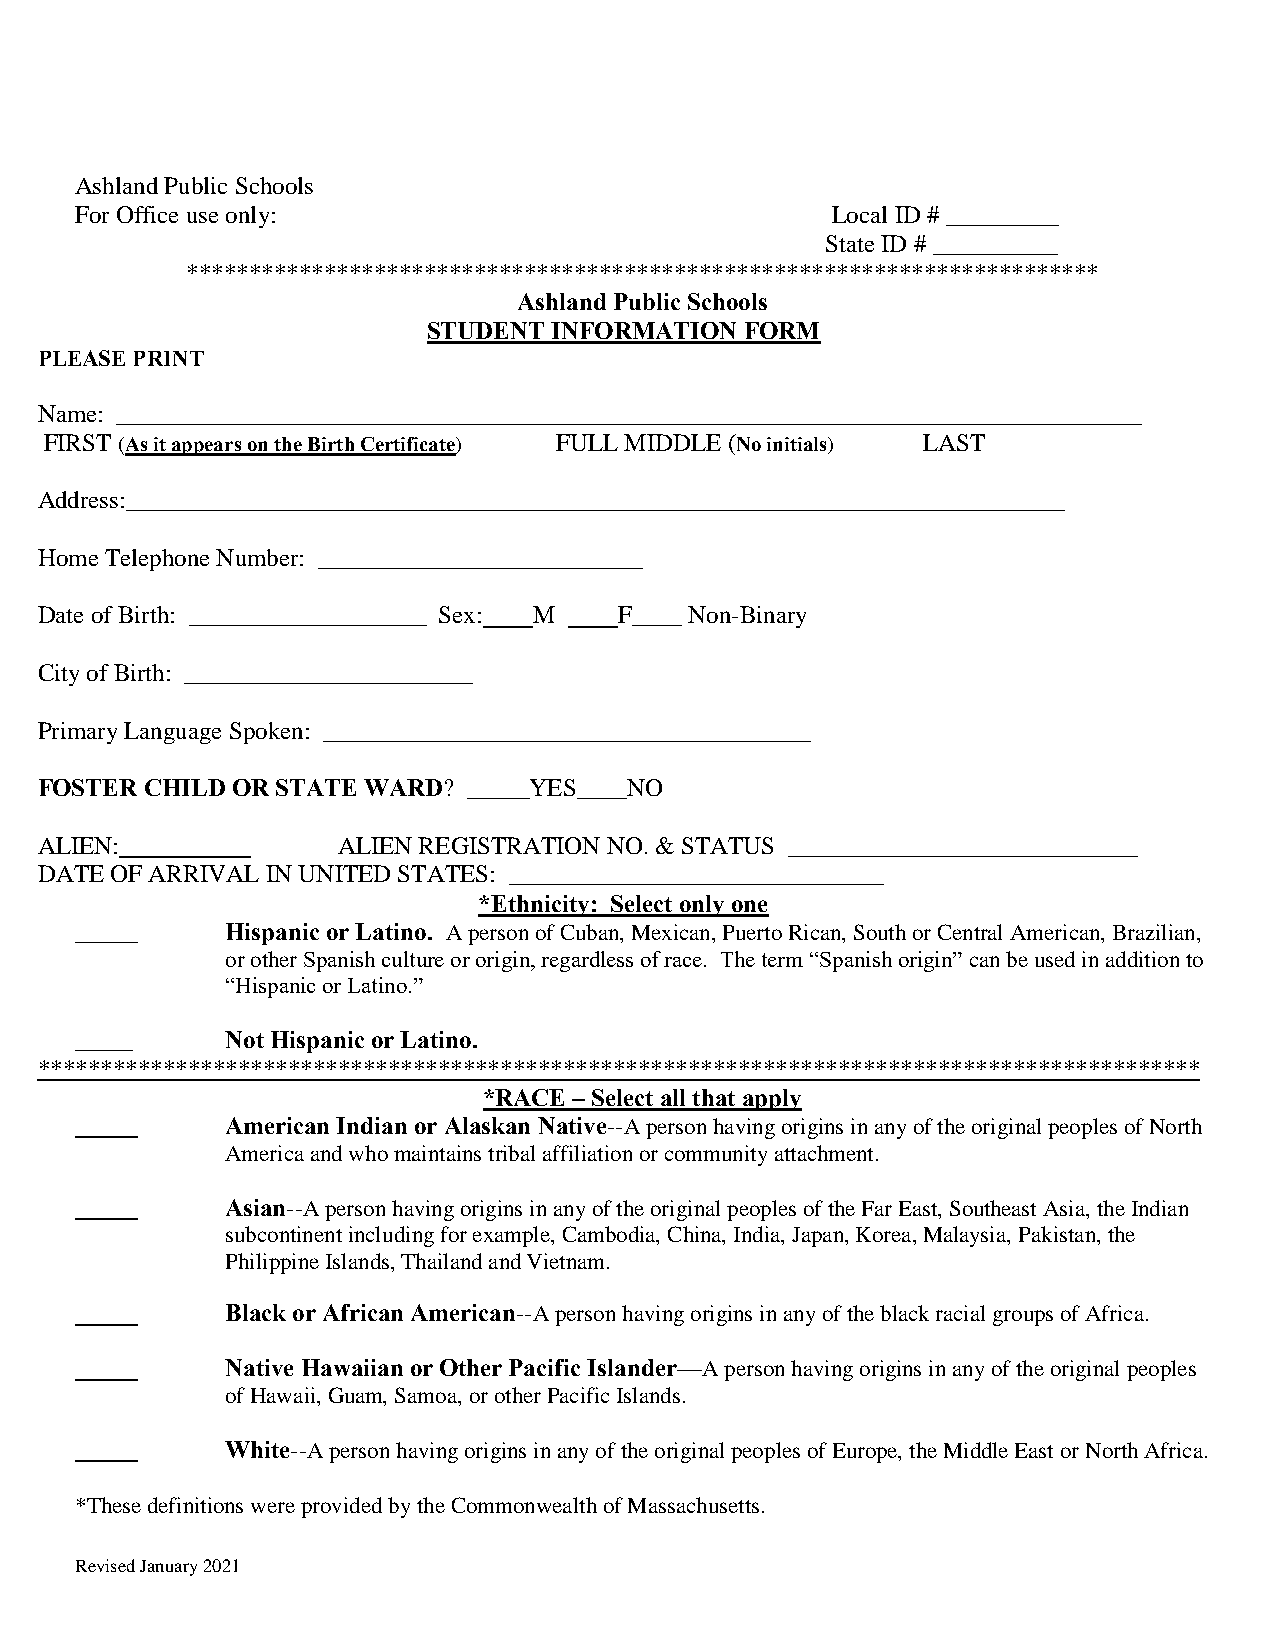
Ashland Public Schools
 For Office use only:                              Local ID # _________
 State ID # __________
 *************************************************************************
 Ashland Public Schools
 STUDENT  INFORMATION FORM
 PLEASE PRINT
 Name: __________________________________________________________________________________
 FIRST (As it appears on the Birth Certificate) FULL MIDDLE (No initials) LAST
 Address:___________________________________________________________________________
 Home Telephone Number: __________________________
 Date of Birth: ___________________ Sex: M F____ Non-Binary
 City of Birth: _______________________
 Primary Language Spoken: _______________________________________
 FOSTER  CHILD OR STATE WARD? _____YES____NO
 ALIEN:              ALIEN REGISTRATION NO. & STATUS ____________________________
 DATE OF ARRIVAL IN UNITED STATES: ______________________________
 *Ethnicity: Select only one
 _____     Hispanic or Latino. A person of Cuban, Mexican, Puerto Rican, South or Central American, Brazilian,
 or other Spanish culture or origin, regardless of race. The term “Spanish origin” can be used in addition to
 “Hispanic or Latino.”
 _____     Not Hispanic or Latino.
 *********************************************************************************************
 *RACE – Select all that apply
 American Indian or Alaskan Native--A person having origins in any of the original peoples of North
 America and who maintains tribal affiliation or community attachment.
 Asian--A person having origins in any of the original peoples of the Far East, Southeast Asia, the Indian
 subcontinent including for example, Cambodia, China, India, Japan, Korea, Malaysia, Pakistan, the
 Philippine Islands, Thailand and Vietnam.
 Black or African American--A person having origins in any of the black racial groups of Africa.
 Native Hawaiian or Other Pacific Islander—A person having origins in any of the original peoples
 of Hawaii, Guam, Samoa, or other Pacific Islands.
 White--A person having origins in any of the original peoples of Europe, the Middle East or North Africa.
 *These definitions were provided by the Commonwealth of Massachusetts.
 Revised January 2021